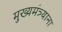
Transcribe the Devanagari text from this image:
मुख्यमंत्र्याना